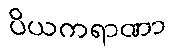
ပိယကရာဏာ